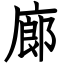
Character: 廊